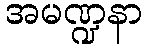
အမဏ္ဍနာ